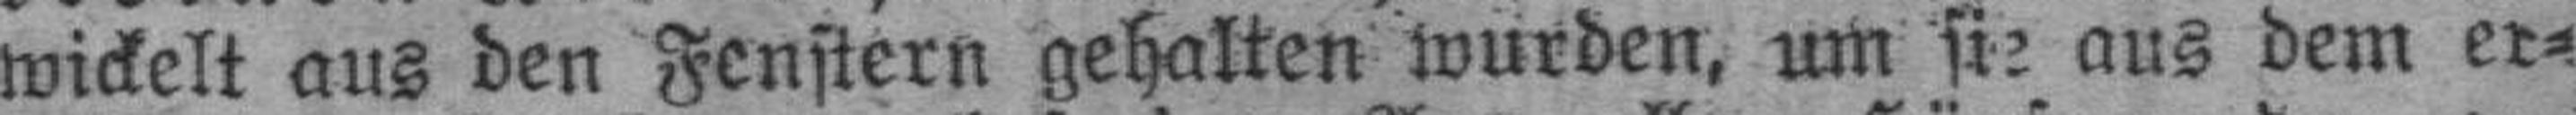
wickelt aus den Fenstern gehalten wurden, um sie aus dem er¬